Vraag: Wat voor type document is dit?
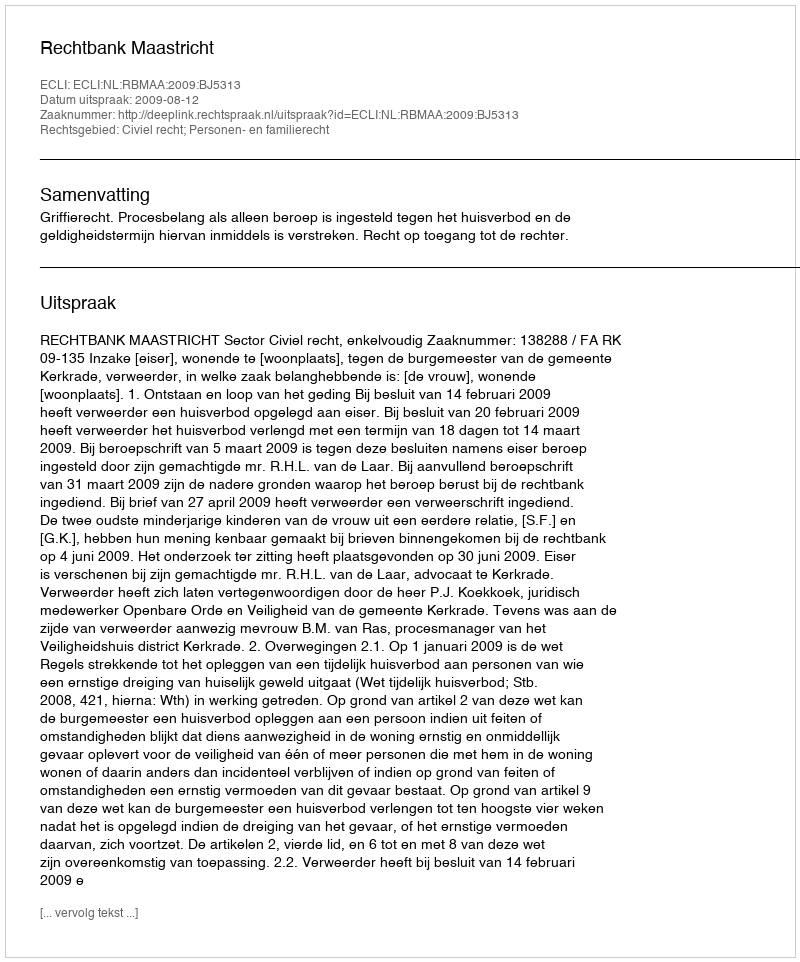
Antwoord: Uitspraak